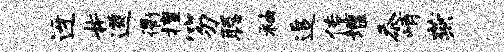
迓#遒衢擅笏聪袖追传堰忝峭燕